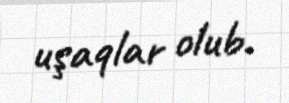
uşaqlar olub.